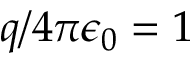
q / 4 \pi \epsilon _ { 0 } = 1